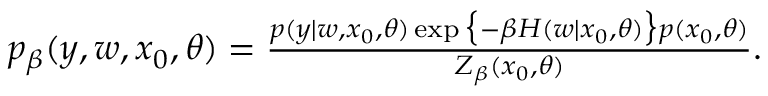
\begin{array} { r } { p _ { \beta } ( y , w , x _ { 0 } , \theta ) = \frac { p ( y | w , x _ { 0 } , \theta ) \exp \big \{ - \beta H ( w | x _ { 0 } , \theta ) \big \} p ( x _ { 0 } , \theta ) } { Z _ { \beta } ( x _ { 0 } , \theta ) } . } \end{array}